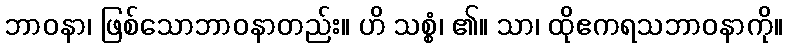
ဘာဝနာ၊ ဖြစ်သောဘာဝနာတည်း။ ဟိ သစ္စံ၊ ၏။ သာ၊ ထိုဧကရသဘာဝနာကို။